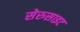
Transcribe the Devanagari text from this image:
सेरुसाइट